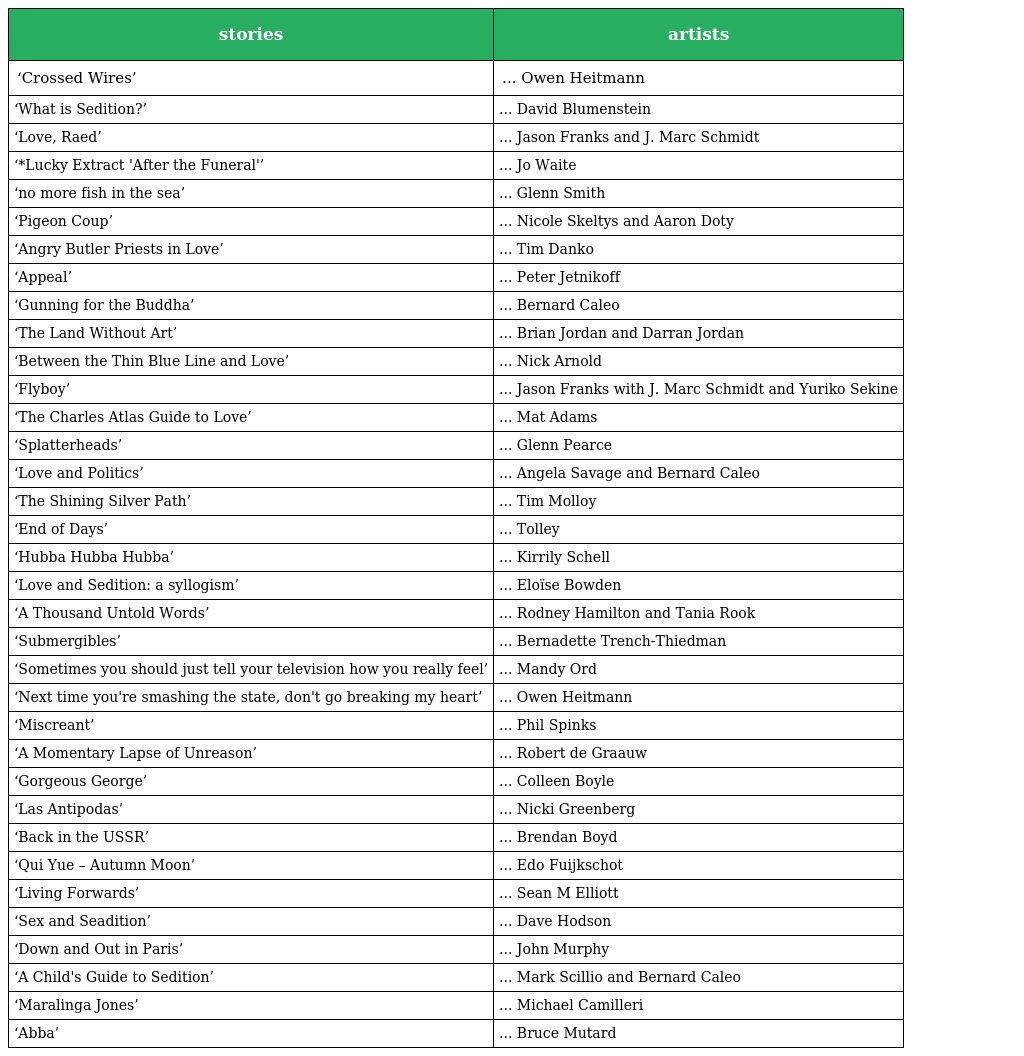
| stories | artists |
 | --- | --- |
 | ‘Crossed Wires’ | ... Owen Heitmann |
 | ‘What is Sedition?’ | ... David Blumenstein |
 | ‘Love, Raed’ | ... Jason Franks and J. Marc Schmidt |
 | ‘*Lucky Extract 'After the Funeral'’ | ... Jo Waite |
 | ‘no more fish in the sea’ | ... Glenn Smith |
 | ‘Pigeon Coup’ | ... Nicole Skeltys and Aaron Doty |
 | ‘Angry Butler Priests in Love’ | ... Tim Danko |
 | ‘Appeal’ | ... Peter Jetnikoff |
 | ‘Gunning for the Buddha’ | ... Bernard Caleo |
 | ‘The Land Without Art’ | ... Brian Jordan and Darran Jordan |
 | ‘Between the Thin Blue Line and Love’ | ... Nick Arnold |
 | ‘Flyboy’ | ... Jason Franks with J. Marc Schmidt and Yuriko Sekine |
 | ‘The Charles Atlas Guide to Love’ | ... Mat Adams |
 | ‘Splatterheads’ | ... Glenn Pearce |
 | ‘Love and Politics’ | ... Angela Savage and Bernard Caleo |
 | ‘The Shining Silver Path’ | ... Tim Molloy |
 | ‘End of Days’ | ... Tolley |
 | ‘Hubba Hubba Hubba’ | ... Kirrily Schell |
 | ‘Love and Sedition: a syllogism’ | ... Eloïse Bowden |
 | ‘A Thousand Untold Words’ | ... Rodney Hamilton and Tania Rook |
 | ‘Submergibles’ | ... Bernadette Trench-Thiedman |
 | ‘Sometimes you should just tell your television how you really feel’ | ... Mandy Ord |
 | ‘Next time you're smashing the state, don't go breaking my heart’ | ... Owen Heitmann |
 | ‘Miscreant’ | ... Phil Spinks |
 | ‘A Momentary Lapse of Unreason’ | ... Robert de Graauw |
 | ‘Gorgeous George’ | ... Colleen Boyle |
 | ‘Las Antipodas’ | ... Nicki Greenberg |
 | ‘Back in the USSR’ | ... Brendan Boyd |
 | ‘Qui Yue – Autumn Moon’ | ... Edo Fuijkschot |
 | ‘Living Forwards’ | ... Sean M Elliott |
 | ‘Sex and Seadition’ | ... Dave Hodson |
 | ‘Down and Out in Paris’ | ... John Murphy |
 | ‘A Child's Guide to Sedition’ | ... Mark Scillio and Bernard Caleo |
 | ‘Maralinga Jones’ | ... Michael Camilleri |
 | ‘Abba’ | ... Bruce Mutard |